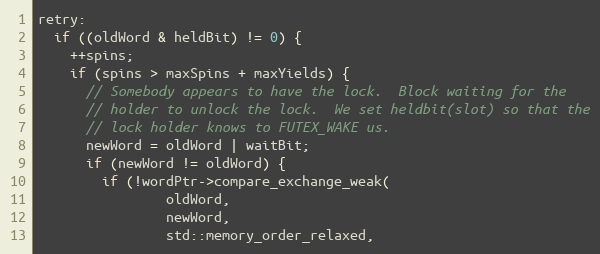
Language: C++
retry:
  if ((oldWord & heldBit) != 0) {
    ++spins;
    if (spins > maxSpins + maxYields) {
      // Somebody appears to have the lock.  Block waiting for the
      // holder to unlock the lock.  We set heldbit(slot) so that the
      // lock holder knows to FUTEX_WAKE us.
      newWord = oldWord | waitBit;
      if (newWord != oldWord) {
        if (!wordPtr->compare_exchange_weak(
                oldWord,
                newWord,
                std::memory_order_relaxed,